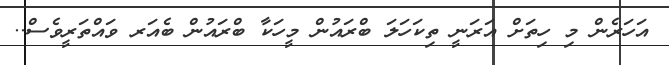
އަހަރެން މި ހިތަށް އަރަނީ ތިކަހަލަ ބްރައުން މީހަކާ ބްރައުން ބެއަރ ވައްތަރީވެސް..